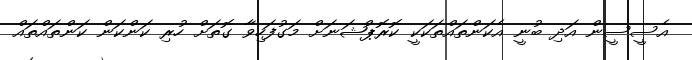
އެސީސީން އަދި ބުނީ އެކަންތައްތަކަކީ ކޮރޮޕްޝަނަށް މަގުފަހިވާ ގޮތަށް ހުރި ކަންކަން ކަންތައްތައް